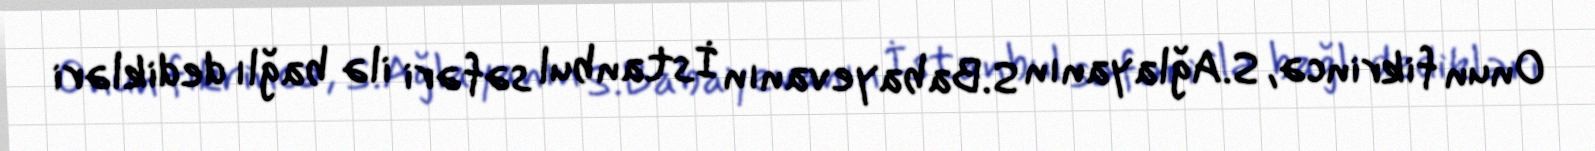
Onun fikrincə, S.Ağlayanın S.Babayevanın İstanbul səfəri ilə bağlı dedikləri